Civil Veterinary Department. Madras. Admin. report 1910-25 - 1910-1925
Year: 1910
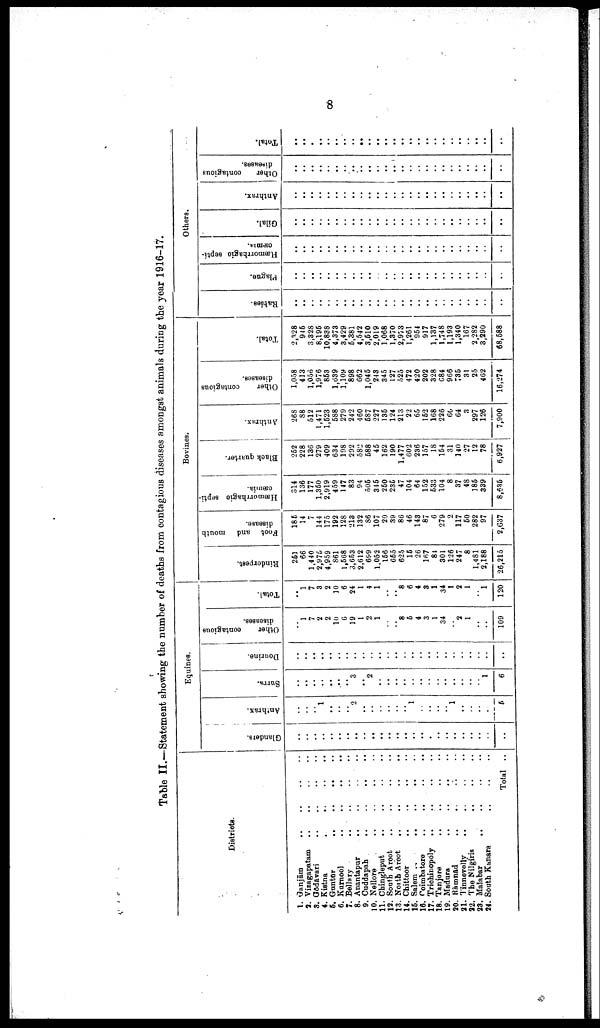
8
Table II.—Statement showing the number of deaths from contagious diseases amongst animals during the year 1916-17.
Districts.
1. Ganjām .. .. .. ..
2. Vizagapatam .. .. .. ..
3. Godavari .. .. .. ..
4. Kistna
..
..
..
..
5. Guntur
..
..
..
..
6. Kurnool
..
..
..
..
7. Bellary
..
..
..
..
8. Anantapur
..
..
..
..
9. Cuddapah
..
..
..
..
10. Nellore
..
..
..
..
11. Chingleput
..
..
..
..
12. South Arcot
..
..
..
..
13. North Arcot
..
..
..
..
14. Chittoor
..
..
..
..
15. Salem
..
..
..
..
16. Coimbatore
..
..
..
..
17. Trichinopoly
..
..
..
..
18. Tanjore .. .. .. ..
19. Madura
..
..
..
..
20. Ramnad
..
..
..
..
21. Tinnerelly .. .. .. ..
22. The Nilgiris
..
..
..
23. Malabar
..
..
..
..
24. South Kanara
..
..
..
Total ..
Equines.
Glanders.
..
..
..
..
..
..
..
..
..
..
..
..
..
..
..
..
..
..
..
..
..
..
..
..
..
Anthrax.
..
..
..
1
..
..
..
2
..
..
..
..
..
..
1
..
..
..
..
1
..
..
..
..
6
Surra.
..
..
..
..
..
..
..
3
..
2
..
..
..
..
..
..
..
..
..
..
..
..
..
1
6
Dourine.
..
..
..
..
..
..
..
..
..
..
..
..
..
..
..
..
..
..
..
..
..
..
..
..
..
Other
contagious
diseases.
..
1
7
2
2
10
6
19
1
2
1
..
..
8
6
4
3
1
34
..
2
1
..
..
109
Total.
..
1
7
3
2
10
6
24
1
4
1
..
..
8
6
4
8
1
34
1
2
1
..
1
120
Bovines.
Rinderpest.
261
66
1,440
2,975
4,959
861
1,568
3,653
2,612
699
1,062
156
065
625
16
26
167
8t
301
126
247
8
1,481
2,188
26,216
Foot and mouth
disease.
186
14
7
144
175
192
128
218
132
86
107
20
39
86
46
148
87
6
279
2
117
60
282
97
2,637
Hæmorrhagic septi-
cæmia.
314
136
177
1,360
2,919
459
147
83
94
506
316
260
236
47
104
64
152
633
104
8
37
48
186
339
8,635
Black quarter.
262
228
136
279
409
634
108
292
582
688
45
162
190
1,477
602
236
157
18
164
31
140
27
12
78
6,927
Anthrax.
268
88
512
1,471
1,623
688
279
242
460
687
227
136
124
213
22
66
162
168
226
60
64
8
297
126
7,900
Other
contagious
diseases.
1,058
413
1,056
1,976
863
1,639
1,109
898
662
1,046
248
345
127
525
472
420
202
328
684
966
786
31
25
462
16,274
Total.
2,128
946
3,328
8,195
10,888
4,373
3,429
6,381
4,542
3,510
2,019
1,068
1,370
2,973
1,261
954
917
1,187
1,748
1,193
1,340
167
2,282
3,290
68,588
Others.
Rabies.
..
..
..
..
..
..
..
..
..
..
..
..
..
..
..
..
..
..
..
..
..
..
..
..
..
Plague.
..
..
..
..
..
..
..
..
..
..
..
..
..
..
..
..
..
..
..
..
..
..
..
..
..
Hæmorrhagic septi
cæmia.
..
..
..
..
..
..
..
..
..
..
..
..
..
..
..
..
..
..
..
..
..
..
..
..
..
Gilal.
..
..
..
..
..
..
..
..
..
..
..
..
..
..
..
..
..
..
..
..
..
..
..
..
..
Anthrax.
..
..
..
..
..
..
..
..
..
..
..
..
..
..
..
..
..
..
..
..
..
..
..
..
..
Other
contagious
diseases.
..
..
..
..
..
..
..
..
..
..
..
..
..
..
..
..
..
..
..
..
..
..
..
..
..
Total.
..
..
..
..
..
..
..
..
..
..
..
..
..
..
..
..
..
..
..
..
..
..
..
..
..